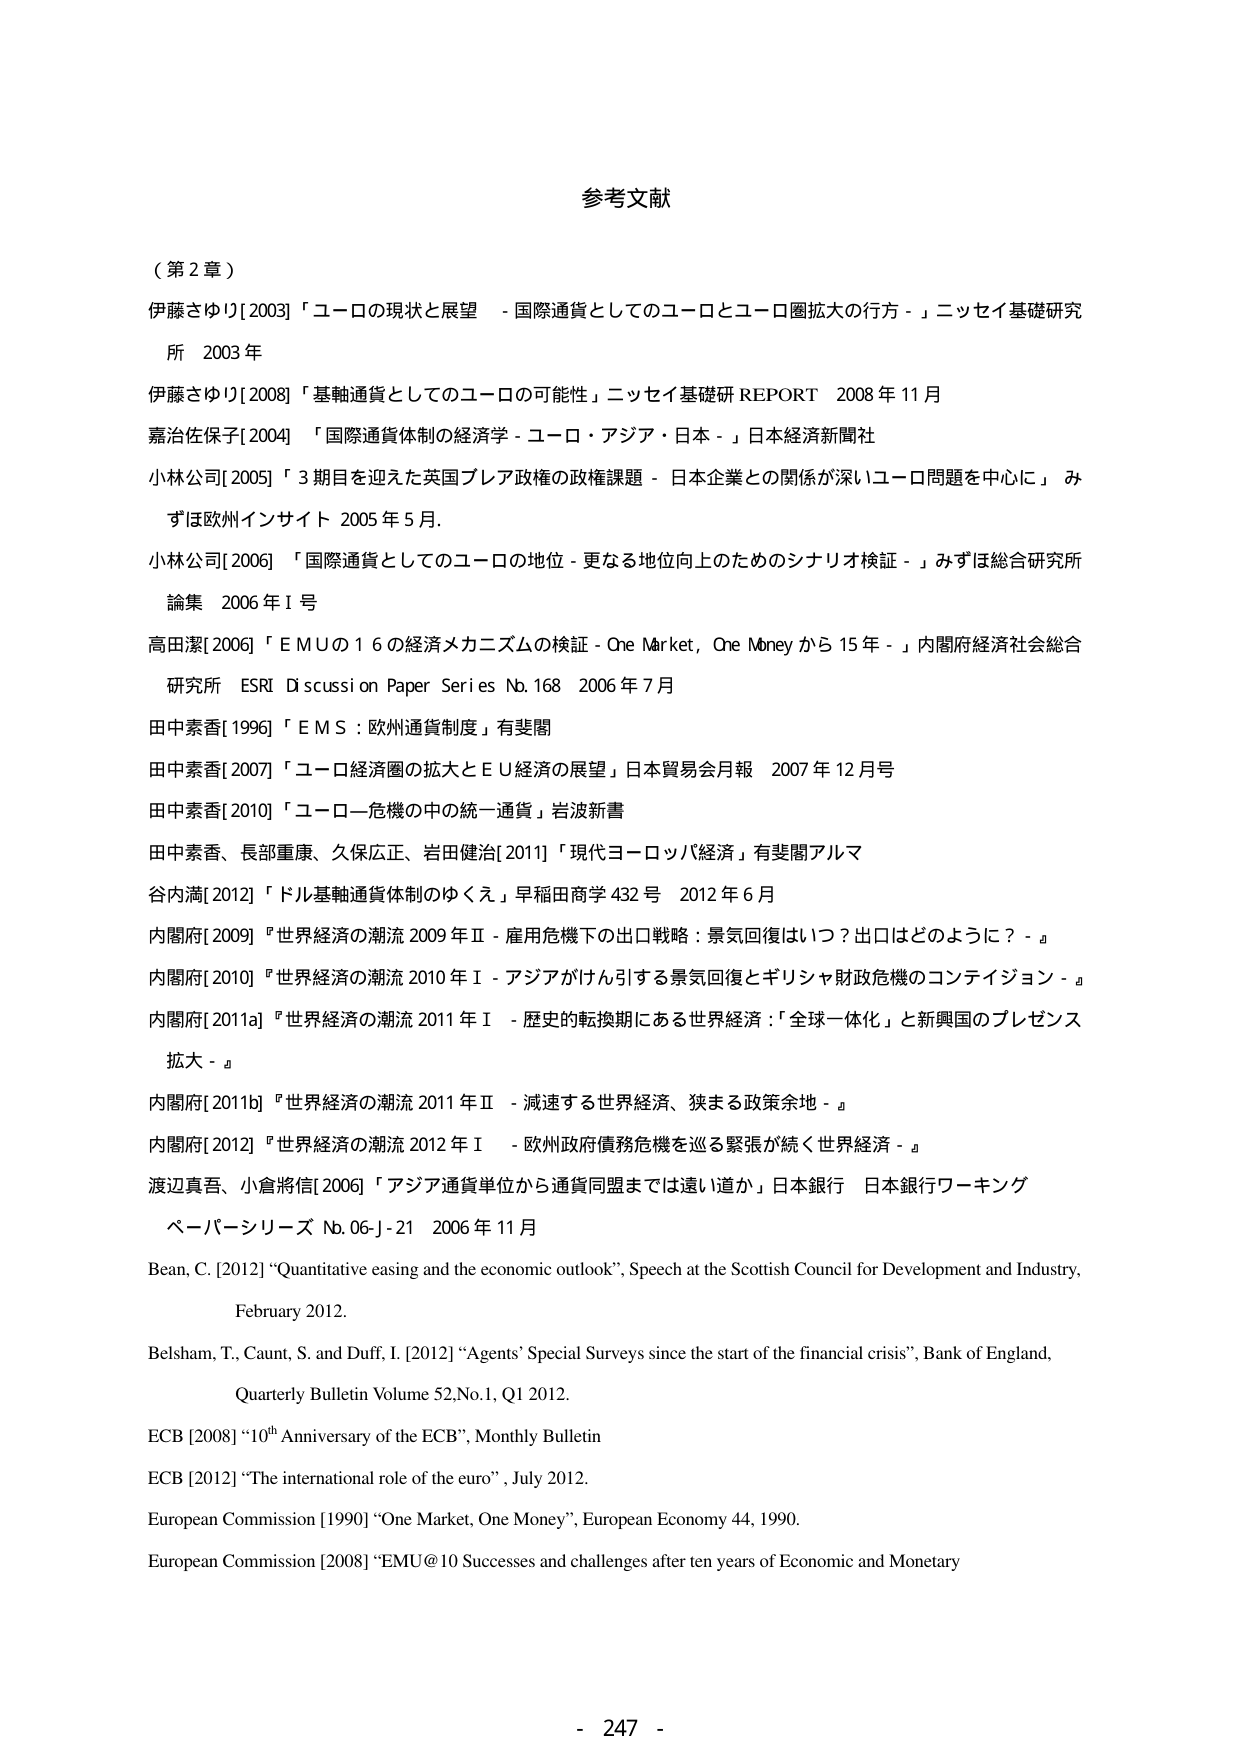
参考文献

（第2章）

伊藤さゆり[2003]「ユーロの現状と展望 - 国際通貨としてのユーロとユーロ圏拡大の行方 - 」ニッセイ基礎研究所 2003年

伊藤さゆり[2008]「基軸通貨としてのユーロの可能性」ニッセイ基礎研 REPORT 2008年11月

嘉治佐保子[2004]「国際通貨体制の経済学 - ユーロ・アジア・日本 - 」日本経済新聞社

小林公司[2005]「3期目を迎えた英国ブレア政権の政権課題 - 日本企業との関係が深いユーロ問題を中心に」みずほ欧州インサイト 2005年5月.

小林公司[2006]「国際通貨としてのユーロの地位 - 更なる地位向上のためのシナリオ検証 - 」みずほ総合研究所 論集 2006年I号

高田潔[2006]「ＥＭＵの１６の経済メカニズムの検証 - One Market, One Money から15年 - 」内閣府経済社会総合研究所 ESRI Discussion Paper Series No.168 2006年7月

田中素香[1996]「ＥＭＳ：欧州通貨制度」有斐閣

田中素香[2007]「ユーロ経済圏の拡大とＥＵ経済の展望」日本貿易会月報 2007年12月号

田中素香[2010]「ユーロ―危機の中の統一通貨」岩波新書

田中素香、長部重康、久保広正、岩田健治[2011]「現代ヨーロッパ経済」有斐閣アルマ

谷内満[2012]「ドル基軸通貨体制のゆくえ」早稲田商学432号 2012年6月

内閣府[2009]『世界経済の潮流 2009年Ⅱ - 雇用危機下の出口戦略：景気回復はいつ？出口はどのように？ - 』

内閣府[2010]『世界経済の潮流 2010年Ⅰ - アジアがけん引する景気回復とギリシャ財政危機のコンテイジョン - 』

内閣府[2011a]『世界経済の潮流 2011年Ⅰ - 歴史的転換期にある世界経済：「全球一体化」と新興国のプレゼンス拡大 - 』

内閣府[2011b]『世界経済の潮流 2011年Ⅱ - 減速する世界経済、狭まる政策余地 - 』

内閣府[2012]『世界経済の潮流 2012年Ⅰ - 欧州政府債務危機を巡る緊張が続く世界経済 - 』

渡辺真吾、小倉将信[2006]「アジア通貨単位から通貨同盟までは遠い道か」日本銀行 日本銀行ワーキングペーパーシリーズ No.06-J-21 2006年11月

Bean, C. [2012] “Quantitative easing and the economic outlook”, Speech at the Scottish Council for Development and Industry, February 2012.

Belsham, T., Caunt, S. and Duff, I. [2012] “Agents’ Special Surveys since the start of the financial crisis”, Bank of England, Quarterly Bulletin Volume 52, No.1, Q1 2012.

ECB [2008] “10th Anniversary of the ECB”, Monthly Bulletin

ECB [2012] “The international role of the euro”, July 2012.

European Commission [1990] “One Market, One Money”, European Economy 44, 1990.

European Commission [2008] “EMU@10 Successes and challenges after ten years of Economic and Monetary

- 247 -